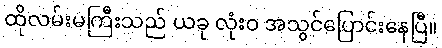
ထိုလမ်းမကြီးသည် ယခု လုံးဝ အသွင်ပြောင်းနေပြီ။